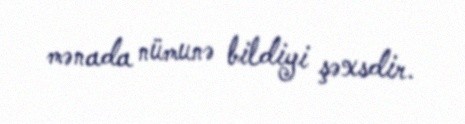
mənada nümunə bildiyi şəxsdir.